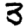
Digit: 3